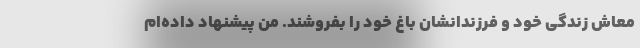
معاش زندگی خود و فرزندانشان باغ خود را بفروشند. من پیشنهاد داده‌ام